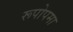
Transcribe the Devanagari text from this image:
रूपोपमा